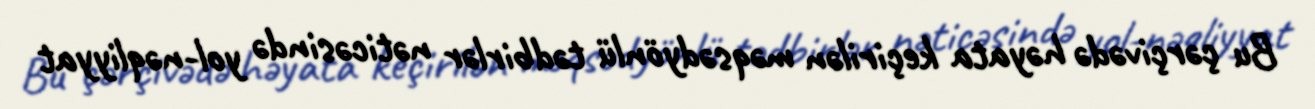
Bu çərçivədə həyata keçirilən məqsədyönlü tədbirlər nəticəsində yol-nəqliyyat